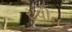
રાવીવ